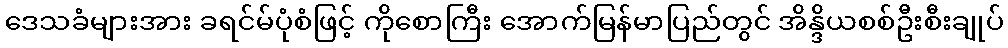
ဒေသခံများအား ခရင်မ်ပုံစံဖြင့် ကိုစောကြီး အောက်မြန်မာပြည်တွင် အိန္ဒိယစစ်ဦးစီးချုပ်